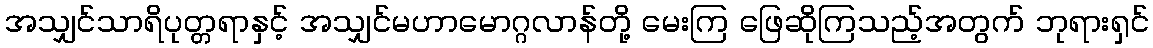
အသျှင်သာရိပုတ္တရာနှင့် အသျှင်မဟာမောဂ္ဂလာန်တို့ မေးကြ ဖြေဆိုကြသည့်အတွက် ဘုရားရှင်